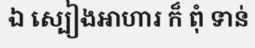
ឯ ស្បៀងអាហារ ក៏ ពុំ ទាន់